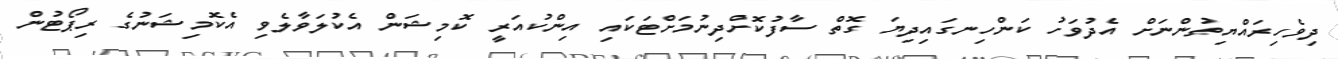
ދިވެހިރައްޔިތުންނަށް އެދުވަހު ކަންހިނގައިދިޔަ ގޮތް ސާފުކޮށްދިނުމަށްޓަކައި އިންކުއަރީ ކޮމިޝަން އެކުލަވާލެވި އެކޮމިޝަނުގެ ރިޕޯޓުން